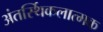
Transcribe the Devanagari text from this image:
अंतर्स्थिकलात्मक